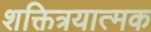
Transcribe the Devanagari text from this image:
शक्तित्रयात्मक